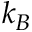
k _ { B }